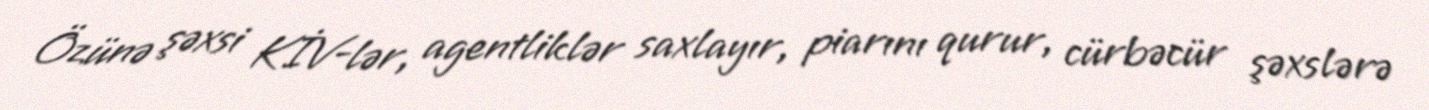
Özünə şəxsi KİV-lər, agentliklər saxlayır, piarını qurur, cürbəcür şəxslərə